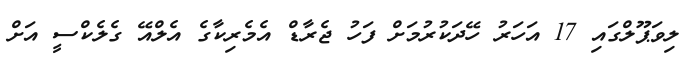
ލިވަޕޫލްގައި 17 އަހަރު ހޭދަކުރުމަށް ފަހު ޖެރާޑް އެމެރިކާގެ އެލްއޭ ގެލެކްސީ އަށް